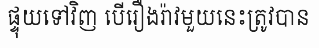
ផ្ទុយទៅវិញ បើរឿងរ៉ាវមួយនេះត្រូវបាន